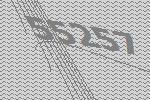
55257